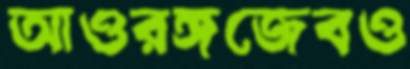
আওরঙ্গজেবও